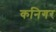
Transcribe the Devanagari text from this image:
कनिगर